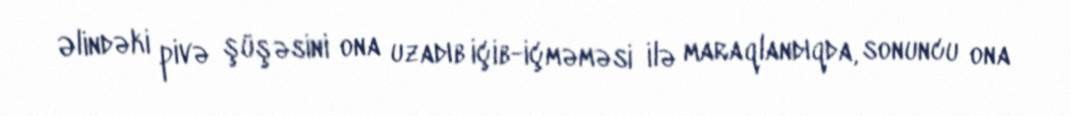
Əlindəki pivə şüşəsini ona uzadıb içib-içməməsi ilə maraqlandıqda, sonuncu ona